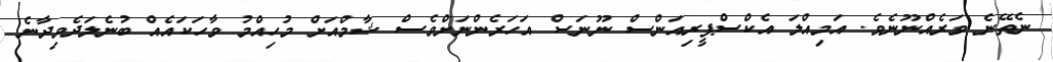
ނެތޭނެ ވަރެއްނޫނެވެ. އަމިއްލަ އެކްސްޕީރިއަންސް ނޫނަސް އަހަރެންނަށްވެސް ޝާމްއަށް މުހިއްމު ވާހަކައެއް ބުނެލަދެވިދާނެ